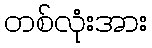
တစ်လုံးအား